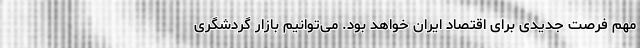
مهم فرصت جدیدی برای اقتصاد ایران خواهد بود. می‌توانیم بازار گردشگری